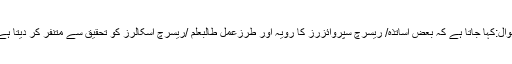
سوال:کہا جاتا ہے کہ بعض اساتذہ/ ریسرچ سپروائزرز کا رویہ اور طرزعمل طالبعلم /ریسرچ اسکالرز کو تحقیق سے متنفر کر دیتا ہے؟